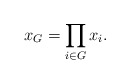
\begin{align*}x_G = \prod_{i \in G} x_i.\end{align*}